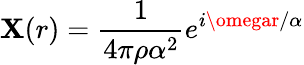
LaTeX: \mathbf{X}(r)=\frac{{1}}{{4\pi\rho\alpha^{2}}}e^{i\omegar/\alpha}